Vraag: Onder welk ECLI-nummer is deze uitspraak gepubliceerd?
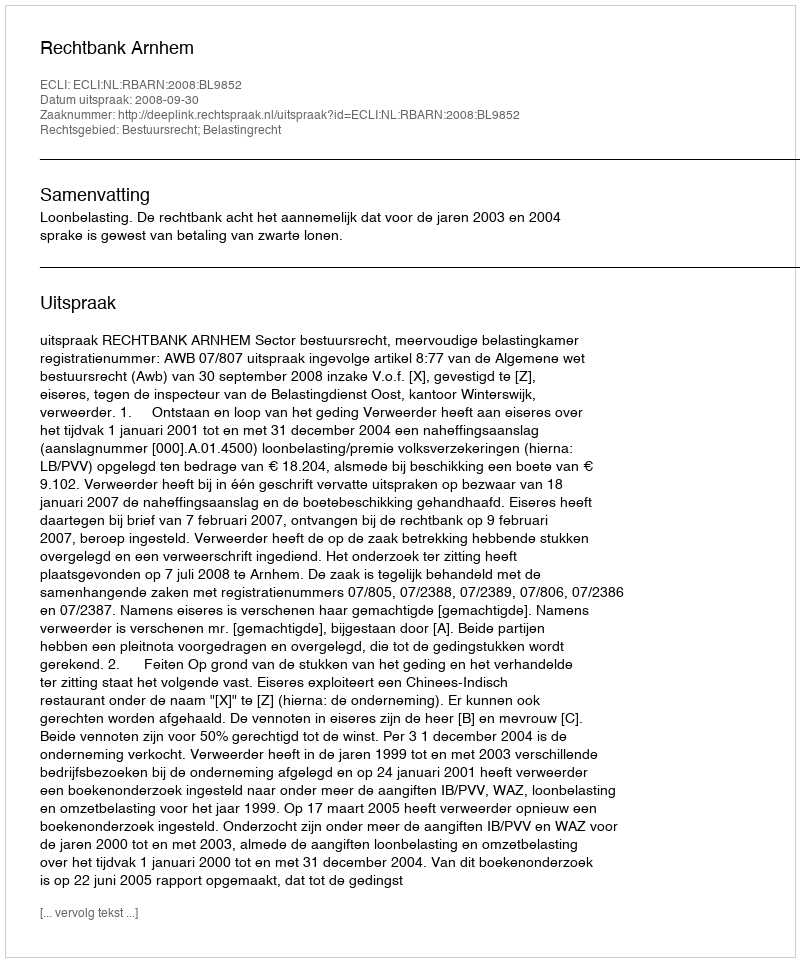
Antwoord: ECLI:NL:RBARN:2008:BL9852